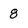
Character: 8